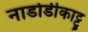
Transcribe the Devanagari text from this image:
नाडोडीकाट्टू